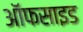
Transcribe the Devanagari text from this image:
ऑफसाइड